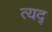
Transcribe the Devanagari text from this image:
त्यद्